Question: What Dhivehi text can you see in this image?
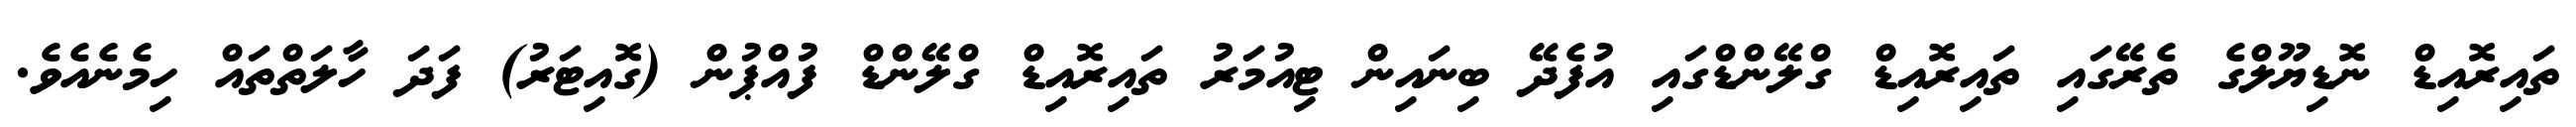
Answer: ތައިރޮއިޑް ނޮޑިޔޫލްގެ ތެރޭގައި ތައިރޮއިޑް ގްލޭންޑްގައި އުފެދޭ ބިނައިން ޓިއުމަރު ތައިރޮއިޑް ގްލޭންޑް ފުއްޕުން (ގޮއިޓަރު) ފަދަ ހާލަތްތައް ހިމެނެއެވެ.